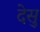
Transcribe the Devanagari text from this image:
देसु